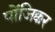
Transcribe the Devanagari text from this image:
पोंजिक्कर